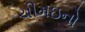
ચીમઇનો